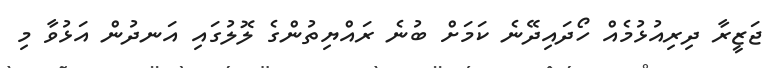
ޖަޒީރާ ދިރިއުޅުމެއް ހޯދައިދޭނެ ކަމަށް ބުނެ ރައްޔިތުންގެ ލޮލުގައި އަނދުން އަޅުވާ މި